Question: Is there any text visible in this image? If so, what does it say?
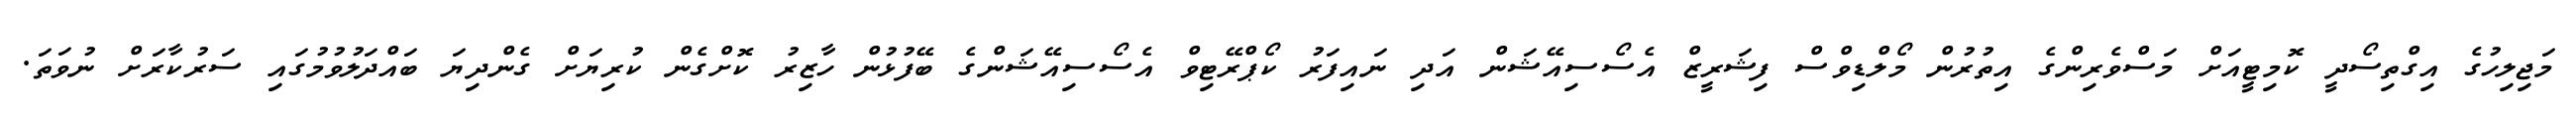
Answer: މަޖިލިހުގެ އިގްތިސޯދީ ކޮމިޓީއަށް މަސްވެރިންގެ އިތުރުން މޯލްޑިވްސް ފިޝަރީޒް އެސޯސިއޭޝަން އަދި ނައިފަރު ކޯޕްރޭޓިވް އެސޯސިއޭޝަންގެ ބޭފުޅުން ހާޒިރު ކޮށްގެން ކުރިޔަށް ގެންދިޔަ ބައްދަލުވުމުގައި ސަރުކާރަށް ނުވަތަ.